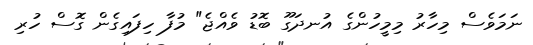
ނަމަވެސް މިހާރު މިމީހުންގެ އުނދަގޫ ބޮޑު ވެއްޖެ" މުފާ ހިފައިގެން ގޮސް ހުރި